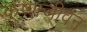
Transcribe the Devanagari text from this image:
कृष्णजीवन